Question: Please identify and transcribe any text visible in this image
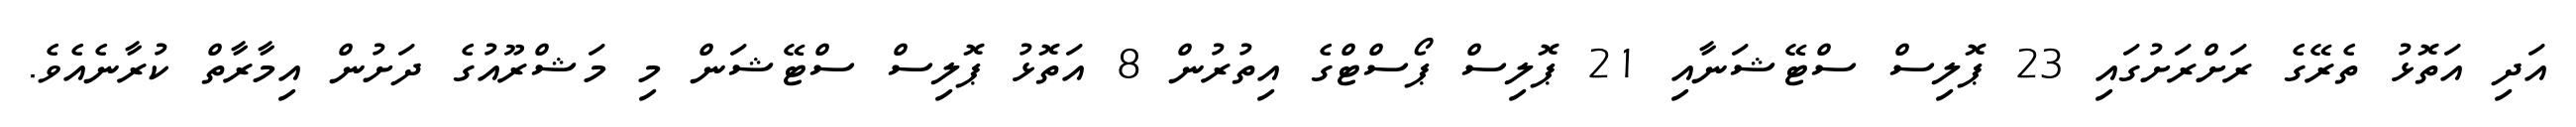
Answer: އަދި އަތޮޅު ތެރޭގެ ރަށްރަށުގައި 23 ޕޮލިސް ސްޓޭޝަނާއި 21 ޕޮލިސް ޕޯސްޓްގެ އިތުރުން 8 އަތޮޅު ޕޮލިސް ސްޓޭޝަން މި މަޝްރޫއުގެ ދަށުން އިމާރާތް ކުރާނެއެވެ.